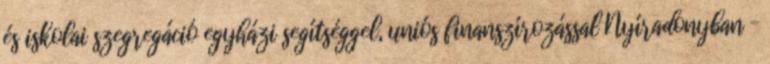
és iskolai szegregáció egyházi segítséggel, uniós finanszírozással Nyíradonyban –